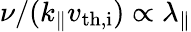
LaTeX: \nu/(k_{\parallel}v_{\mathrm{th,i}})\propto\lambda_{\parallel}